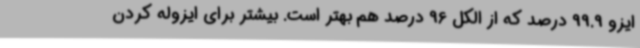
ایزو 99.9 درصد که از الکل 96 درصد هم بهتر است. بیشتر برای ایزوله کردن